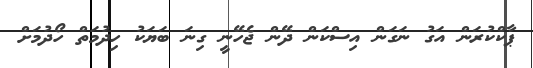
ޕާކްކުރަން އަގު ނަގަން އިސްކަން ދޭން ޖެހޭނީ ގިނަ ބަޔަކު ހިދުމަތް ހޯދުމަށް